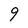
Character: 9